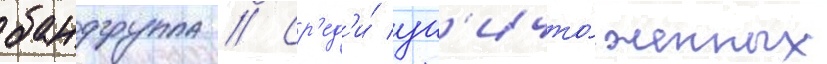
бандгруппа // Ср'ед'и́ ун'ичто́женных